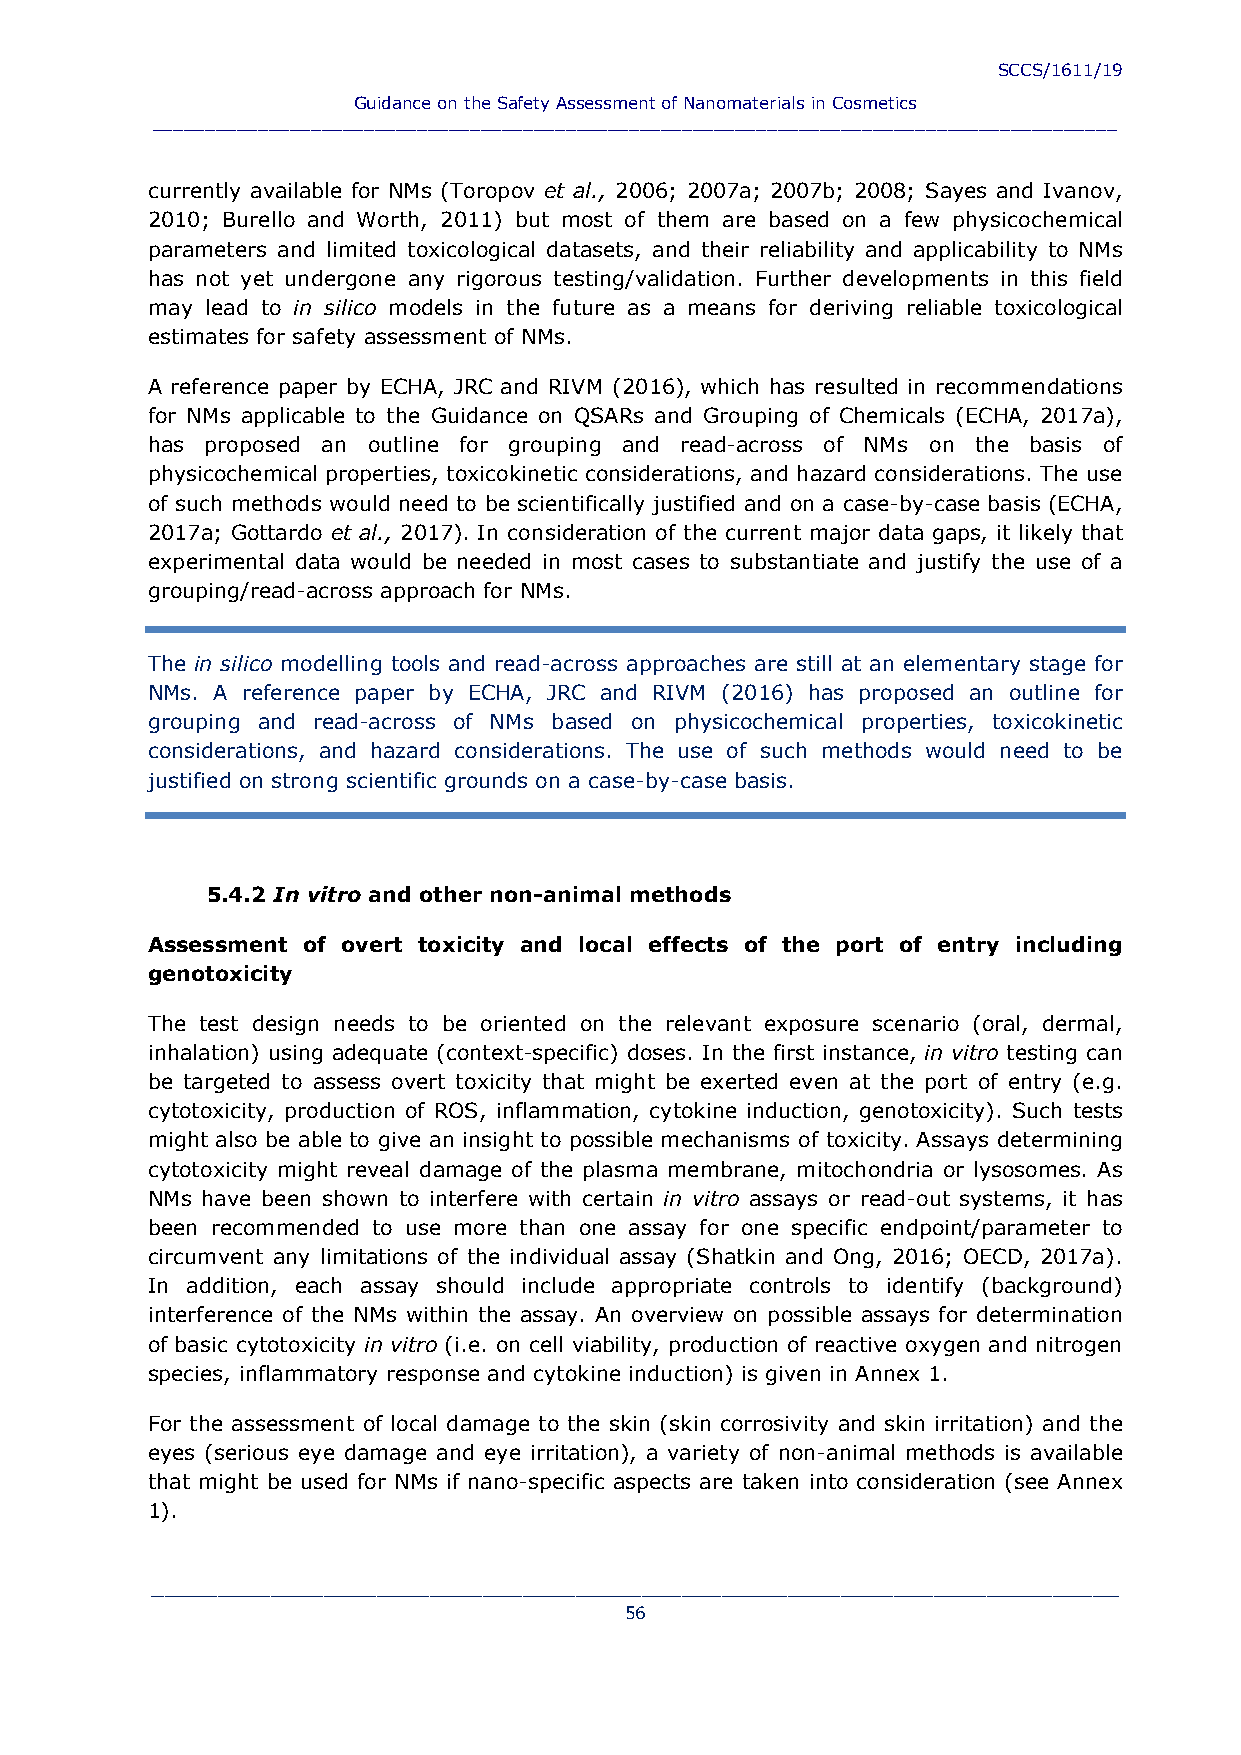
SCCS/1611/19
 Guidance on the Safety Assessment of Nanomaterials in Cosmetics
 ___________________________________________________________________________________________
 currently available for NMs (Toropov et al., 2006; 2007a; 2007b; 2008; Sayes and Ivanov,
 2010; Burello and Worth, 2011) but most of them are based on a few physicochemical
 parameters and limited toxicological datasets, and their reliability and applicability to NMs
 has not yet undergone any rigorous testing/validation. Further developments in this field
 may lead to in silico models in the future as a means for deriving reliable toxicological
 estimates for safety assessment of NMs.
 A reference paper by ECHA, JRC and RIVM (2016), which has resulted in recommendations
 for NMs applicable to the Guidance on QSARs and Grouping of Chemicals (ECHA, 2017a),
 has proposed an outline for grouping and read-across of NMs on the basis of
 physicochemical properties, toxicokinetic considerations, and hazard considerations. The use
 of such methods would need to be scientifically justified and on a case-by-case basis (ECHA,
 2017a; Gottardo et al., 2017). In consideration of the current major data gaps, it likely that
 experimental data would be needed in most cases to substantiate and justify the use of a
 grouping/read-across approach for NMs.
 The in silico modelling tools and read-across approaches are still at an elementary stage for
 NMs. A reference paper by ECHA, JRC and RIVM (2016) has proposed an outline for
 grouping and read-across of NMs based on physicochemical properties, toxicokinetic
 considerations, and hazard considerations. The use of such methods would need to be
 justified on strong scientific grounds on a case-by-case basis.
 5.4.2 In vitro and other non-animal methods
 Assessment of overt toxicity and local effects of the port of entry including
 genotoxicity
 The test design needs to be oriented on the relevant exposure scenario (oral, dermal,
 inhalation) using adequate (context-specific) doses. In the first instance, in vitro testing can
 be targeted to assess overt toxicity that might be exerted even at the port of entry (e.g.
 cytotoxicity, production of ROS, inflammation, cytokine induction, genotoxicity). Such tests
 might also be able to give an insight to possible mechanisms of toxicity. Assays determining
 cytotoxicity might reveal damage of the plasma membrane, mitochondria or lysosomes. As
 NMs have been shown to interfere with certain in vitro assays or read-out systems, it has
 been recommended to use more than one assay for one specific endpoint/parameter to
 circumvent any limitations of the individual assay (Shatkin and Ong, 2016; OECD, 2017a).
 In addition, each assay should include appropriate controls to identify (background)
 interference of the NMs within the assay. An overview on possible assays for determination
 of basic cytotoxicity in vitro (i.e. on cell viability, production of reactive oxygen and nitrogen
 species, inflammatory response and cytokine induction) is given in Annex 1.
 For the assessment of local damage to the skin (skin corrosivity and skin irritation) and the
 eyes (serious eye damage and eye irritation), a variety of non-animal methods is available
 that might be used for NMs if nano-specific aspects are taken into consideration (see Annex
 1).
 _________________________________________________________________________
 56